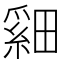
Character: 𬏏